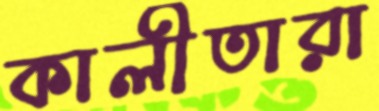
কালীতারা